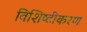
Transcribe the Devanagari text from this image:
विशिष्‍टीकरण